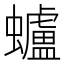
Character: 蠦